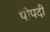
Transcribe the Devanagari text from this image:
पोपदी